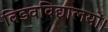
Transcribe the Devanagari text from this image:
विडवविद्यालयों।